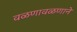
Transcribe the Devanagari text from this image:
वळणावळणाने